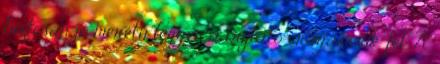
biztosan jó méretű legyen a bújtató- ragasszuk fel. A